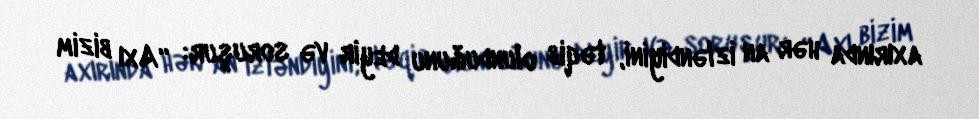
axırında hər an izləndiyini, təqib olunduğunu deyir və soruşur: “Axı bizim